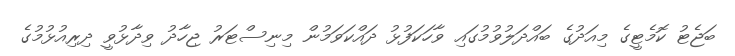
ބަޖެޓު ކޮމެޓީގެ މިއަދުގެ ބައްދަލުވުމުގައި ވާހަކަފުޅު ދައްކަވަމުން މިނިސްޓަރު ޖިހާދު ވިދާޅުވީ ދިރިއުޅުމުގެ